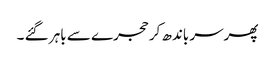
پھرسر باندھ کر حجرے سے باہر گئے ۔